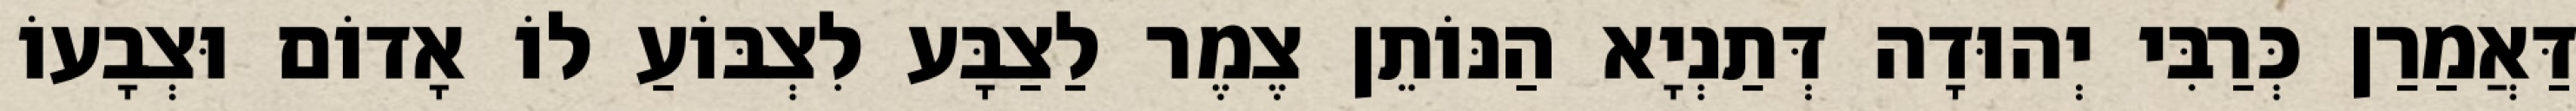
דַּאֲמַרַן כְּרַבִּי יְהוּדָה דְּתַנְיָא הַנּוֹתֵן צֶמֶר לַצַבָּע לִצְבּוֹעַ לוֹ אָדוֹם וּצְבָעוֹ